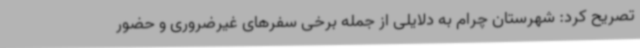
تصریح کرد: شهرستان چرام به دلایلی از جمله برخی سفرهای غیرضروری و حضور